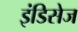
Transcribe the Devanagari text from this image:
इंडिसेज